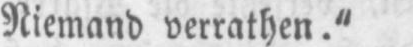
Niemand verrathen.“